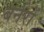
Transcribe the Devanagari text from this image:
बर्नरों